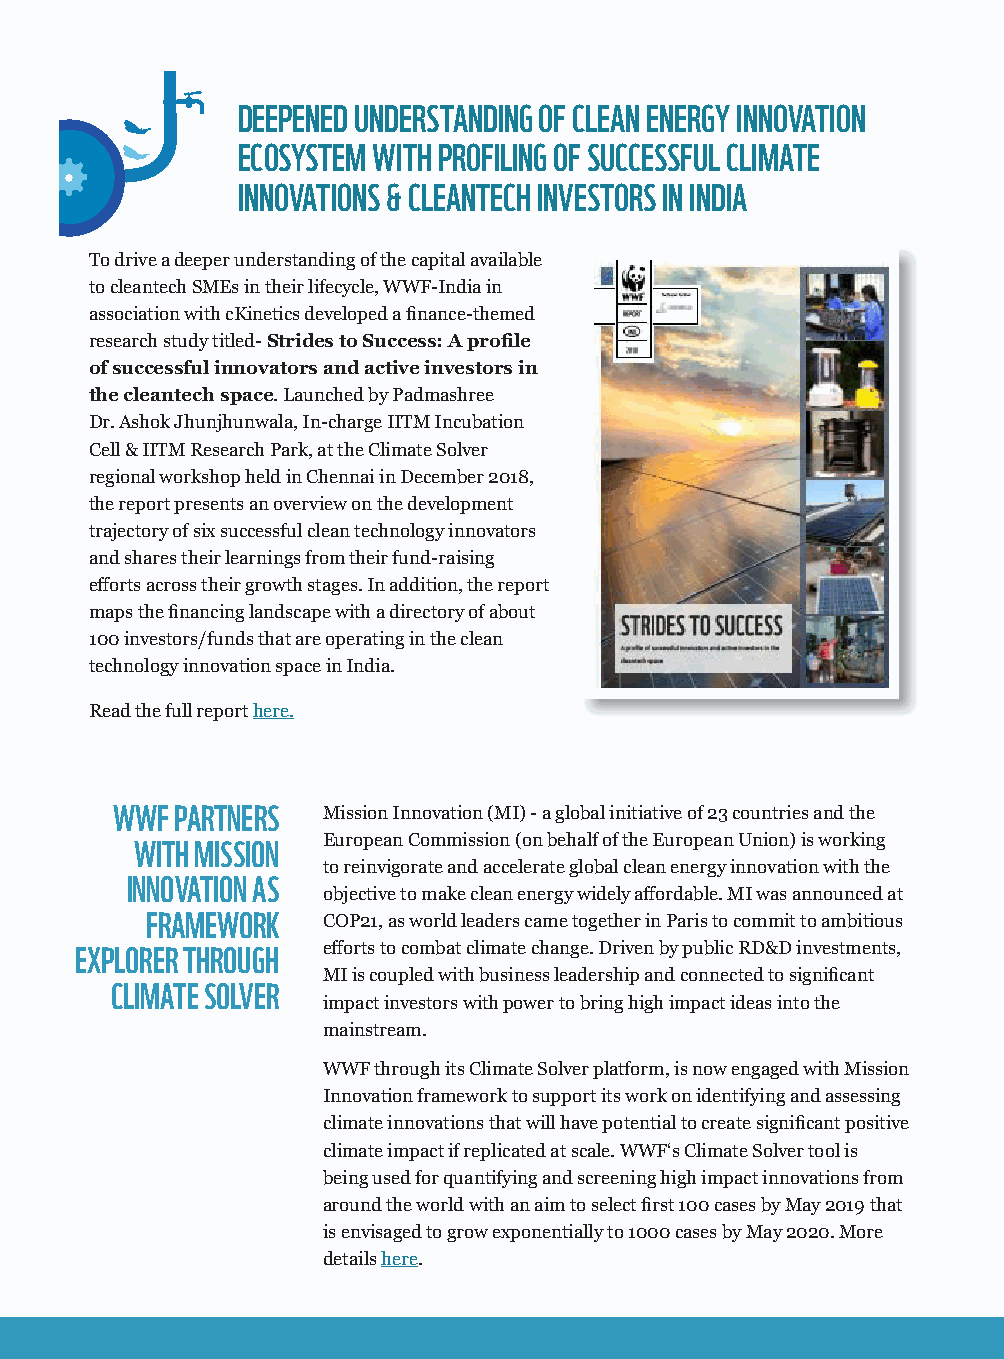
DEEPENED UNDERSTANDING OF CLEAN ENERGY INNOVATION
 ECOSYSTEM WITH PROFILING OF SUCCESSFUL CLIMATE
 INNOVATIONS & CLEANTECH INVESTORS IN INDIA
 To drive a deeper understanding of the capital available
 to cleantech SMEs in their lifecycle, WWF-India in
 association with cKinetics developed a finance-themed
 research study titled- Strides to Success: A profile
 of successful innovators and active investors in
 the cleantech space. Launched by Padmashree
 Dr. Ashok Jhunjhunwala, In-charge IITM Incubation
 Cell & IITM Research Park, at the Climate Solver
 regional workshop held in Chennai in December 2018,
 the report presents an overview on the development
 trajectory of six successful clean technology innovators
 and shares their learnings from their fund-raising
 efforts across their growth stages. In addition, the report
 maps the financing landscape with a directory of about
 100 investors/funds that are operating in the clean
 technology innovation space in India.
 Read the full report here.
 WWF  PARTNERS Mission Innovation (MI) - a global initiative of 23 countries and the
 European Commission (on behalf of the European Union) is working
 WITH MISSION
 to reinvigorate and accelerate global clean energy innovation with the
 INNOVATION AS
 objective to make clean energy widely affordable. MI was announced at
 FRAMEWORK  COP21, as world leaders came together in Paris to commit to ambitious
 EXPLORER THROUGH efforts to combat climate change. Driven by public RD&D investments,
 MI is coupled with business leadership and connected to significant
 CLIMATE SOLVER
 impact investors with power to bring high impact ideas into the
 mainstream.
 WWF through its Climate Solver platform, is now engaged with Mission
 Innovation framework to support its work on identifying and assessing
 climate innovations that will have potential to create significant positive
 climate impact if replicated at scale. WWF‘s Climate Solver tool is
 being used for quantifying and screening high impact innovations from
 around the world with an aim to select first 100 cases by May 2019 that
 is envisaged to grow exponentially to 1000 cases by May 2020. More
 details here.